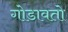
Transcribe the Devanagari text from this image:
गोडावतो